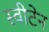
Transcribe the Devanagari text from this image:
स्वीटेन